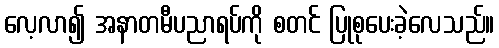
လေ့လာ၍ အနာတမီပညာရပ်ကို စတင် ပြုစုပေးခဲ့လေသည်။